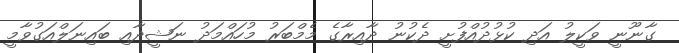
ގާނޫނީ ވަކީލު އަދި ކުޅުދުއްފުށީ ދެކުނު ދާއިރާގެ މެމްބަރު މުހައްމަދު ނަޝީދާއި ބައިނަލްއަގުވާމީ